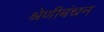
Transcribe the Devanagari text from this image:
श्रेणीबंधन